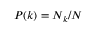
P ( k ) = N _ { k } / N